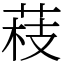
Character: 䓩